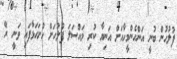
ފުލުހުން ބުނީ އަންހެންމީހާއަށް އަނިޔާ ކުރި މައްސަލަ ފުލުހަށް ހުށަހަޅާފައި ވަނީ ރޭ